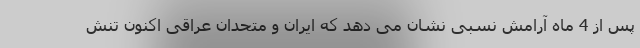
پس از 4 ماه آرامش نسبی نشان می دهد که ایران و متحدان عراقی اکنون تنش